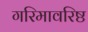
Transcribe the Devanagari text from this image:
गरिमावरिष्ठ